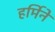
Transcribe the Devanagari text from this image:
हर्मिने